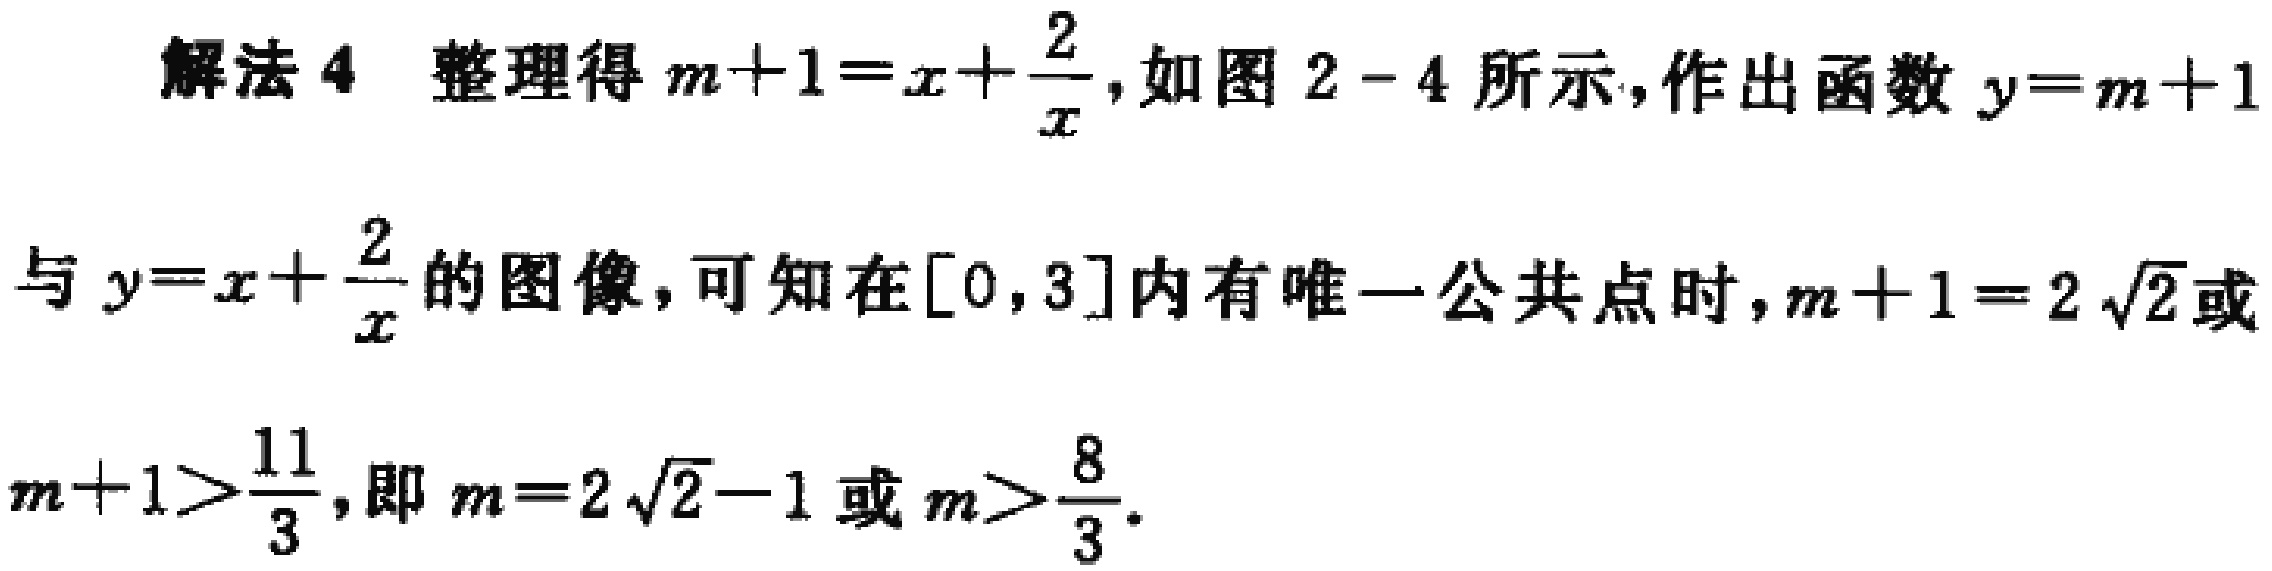
解法 4 整理得\(m + 1 = x+\frac{2}{x}\)，如图 2 - 4 所示，作出函数\(y = m + 1\)与\(y = x+\frac{2}{x}\)的图像，可知在\([0,3]\)内有唯一公共点时，\(m + 1 = 2\sqrt{2}\)或\(m + 1>\frac{11}{3}\)，即\(m = 2\sqrt{2}-1\)或\(m>\frac{8}{3}\)。